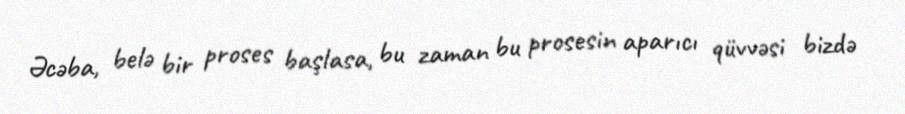
Əcəba, belə bir proses başlasa, bu zaman bu prosesin aparıcı qüvvəsi bizdə